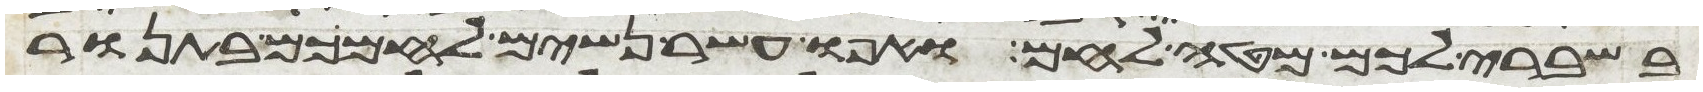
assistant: בשברי לכם מטה לחם ואפו עשר נשים לחמכם בתנור